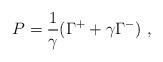
LaTeX: \begin{align*}P = \frac{1}{\gamma} ( \Gamma^+ + \gamma \Gamma^- ) ~,\end{align*}